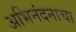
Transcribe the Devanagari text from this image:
अभिनंदनाचा